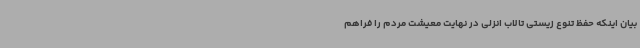
بیان اینکه حفظ تنوع زیستی تالاب انزلی در نهایت معیشت مردم را فراهم